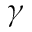
\gamma